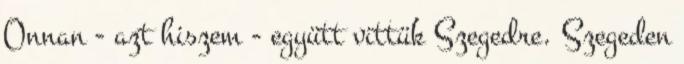
Onnan - azt hiszem - együtt vittük Szegedre. Szegeden